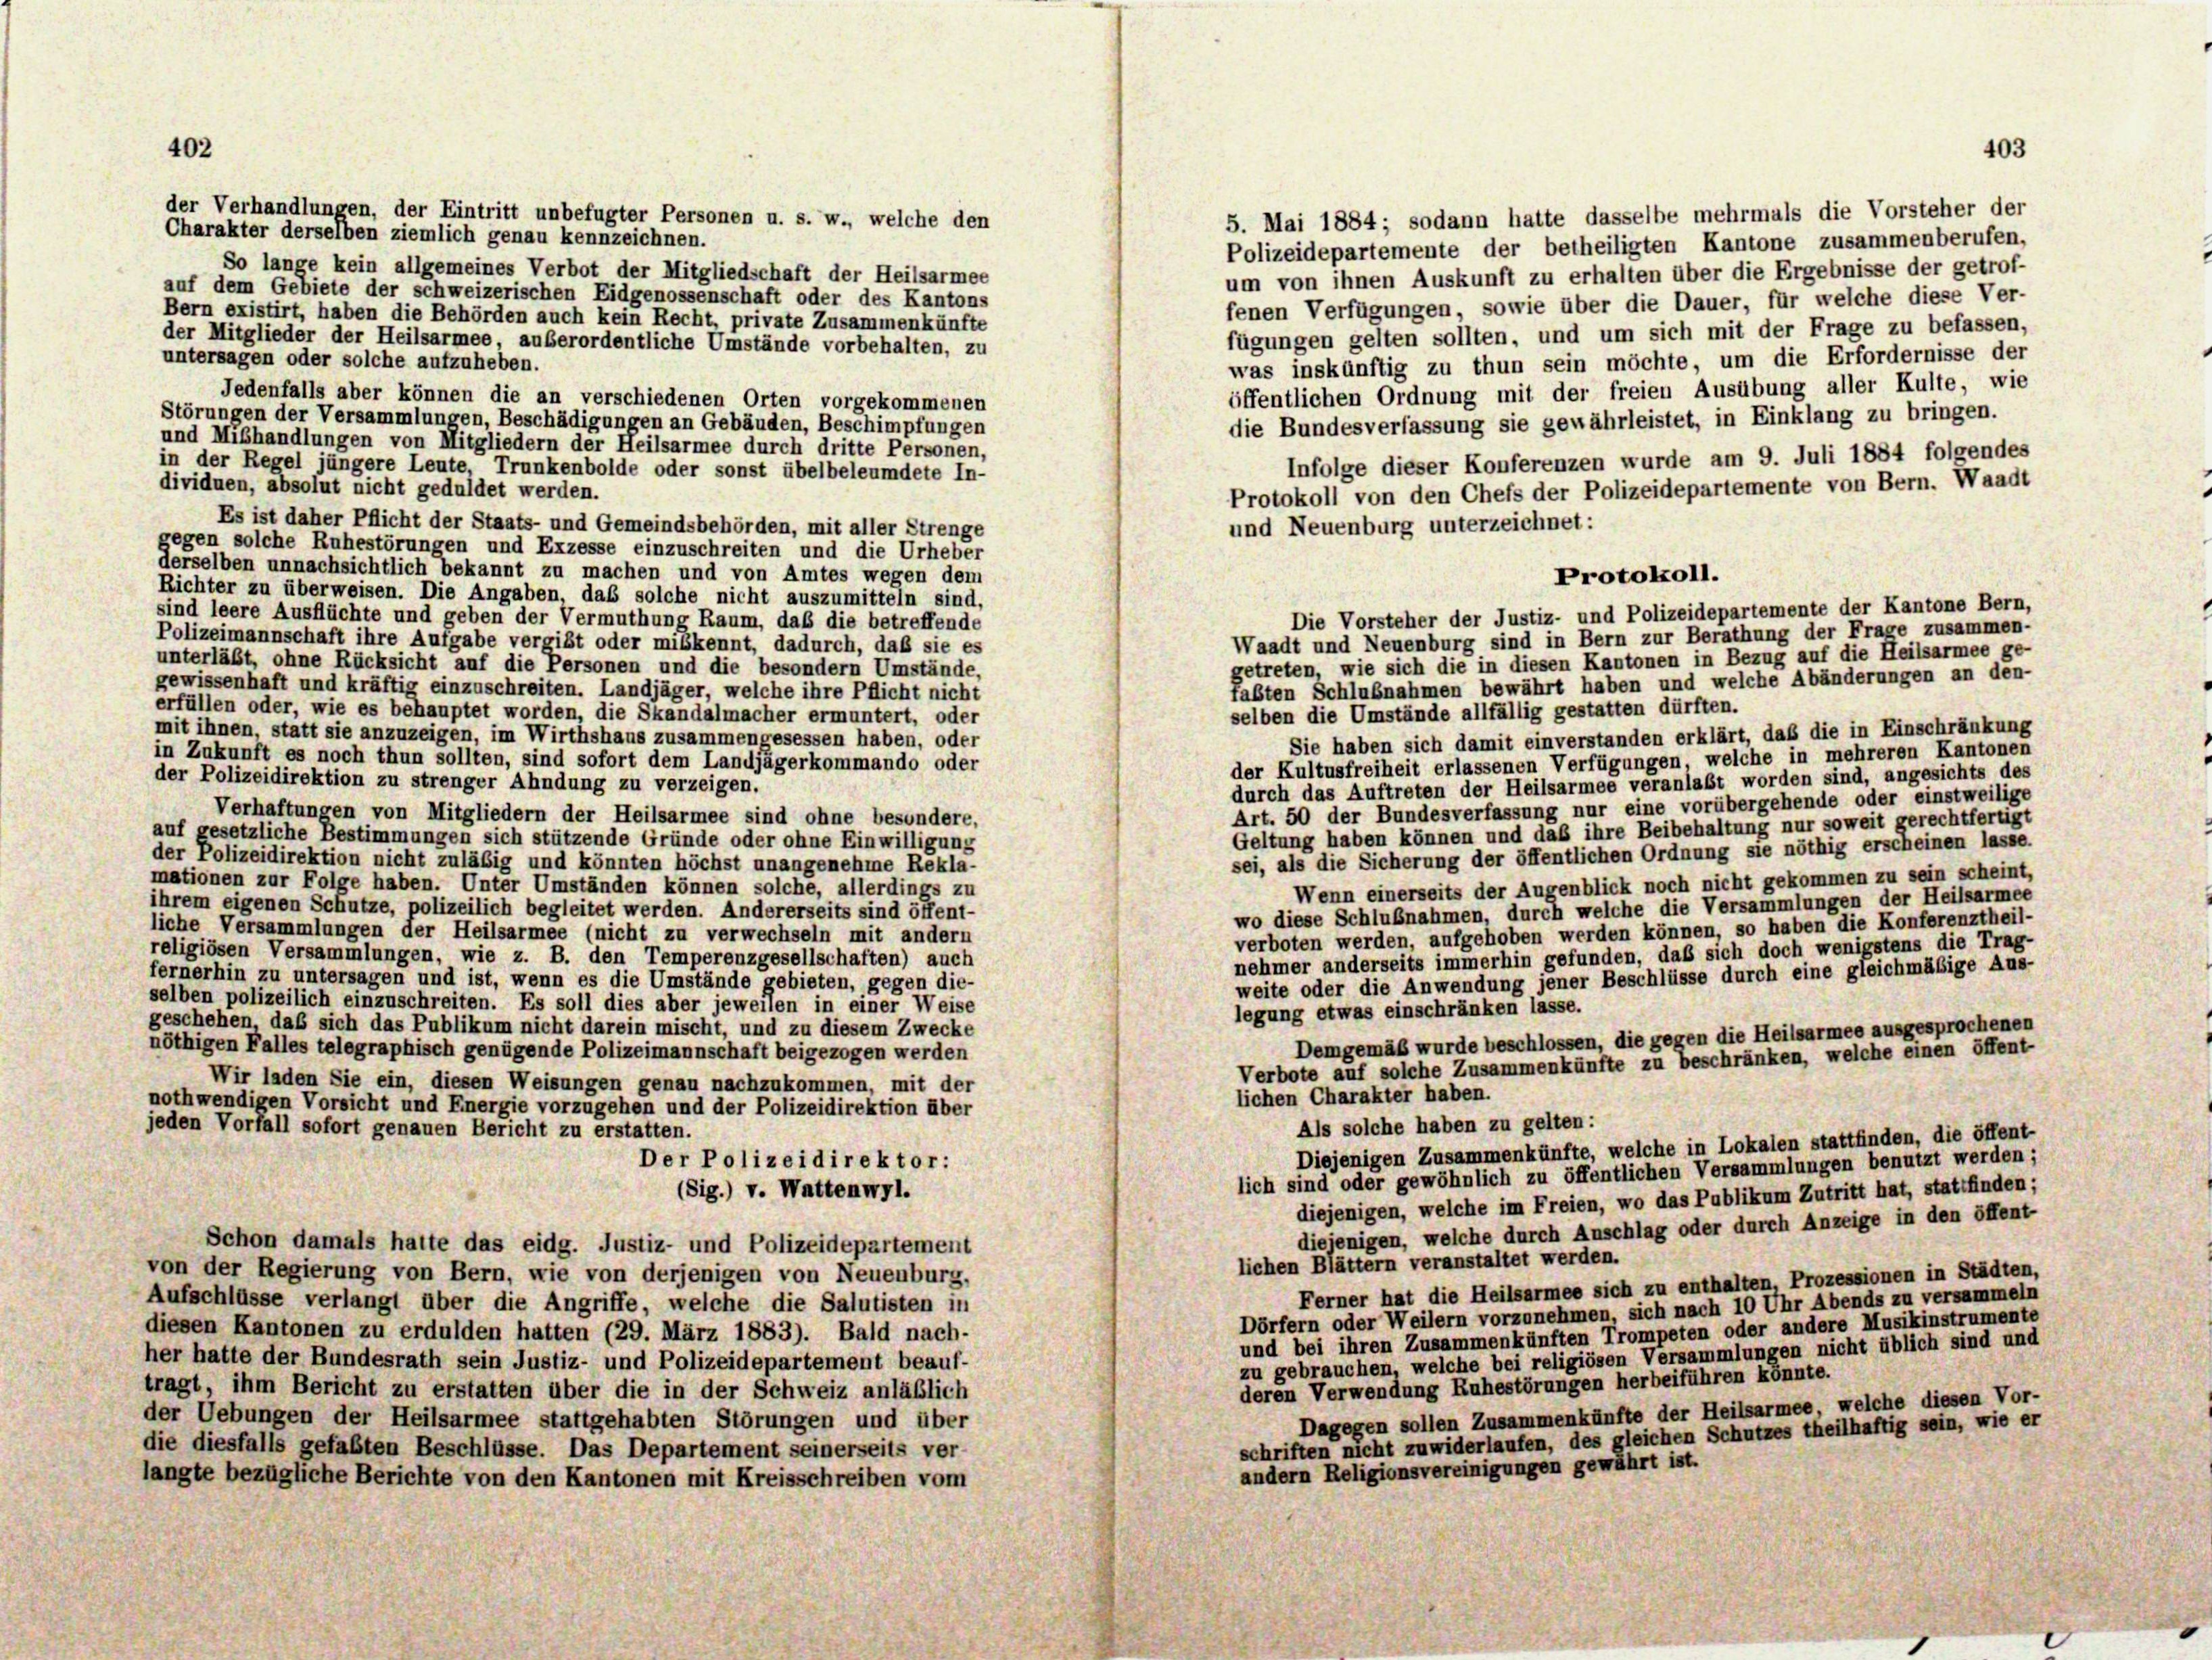
der Verhandlungen, der Eintritt unbefugter Personen u. s. w., welche den
5. Mai 1884 ; sodann hatte dasselbe mehrmals die Vorsteher der
Charakter derselben ziemlich genau kennzeichnen.
Polizeidepartemente der betheiligten Kantone zusammenberufen,
So lange kein allgemeines Verbot der Mitgliedschaft der Heilsarmee
um von ihnen Auskunft zu erhalten über die Ergebnisse der getrof-
auf dem Gebiete der schweizerischen Eidgenossenschaft oder des Kantons
fenen Verfügungen, sowie über die Dauer, für welche diese Ver-
Bern existirt, haben die Behörden auch kein Recht, private Zusammenkünfte
fügungen gelten sollten, und um sich mit der Frage zu befassen,
der Mitglieder der Heilsarmee, außerordentliche Umstände vorbehalten, zu
untersagen oder solche aufzuheben.
was inskünftig zu thun sein möchte, um die Erfordernisse der
öffentlichen Ordnung mit der freien Ausübung aller Kulte, wie
Jedenfalls aber können die an verschiedenen Orten vorgekommenen
Störungen der Versammlungen, Beschädigungen an Gebäuden, Beschimpfungen
die Bundesverfassung sie gewährleistet, in Einklang zu bringen.
und Mißhandlungen von Mitgliedern der Heilsarmee durch dritte Personen,
Infolge dieser Konferenzen wurde am 9. Juli 1884 folgendes
in der Regel jüngere Leute, Trunkenbolde oder sonst übelbeleumdete In-
dividuen, absolut nicht geduldet werden.
Protokoll von den Chefs der Polizeidepartemente von Bern. Waadt
Es ist daher Pflicht der Staats- und Gemeindsbehörden, mit aller Strenge
und Neuenburg unterzeichnet:
gegen solche Ruhestörungen und Exzesse einzuschreiten und die Urheber
derselben unnachsichtlich bekannt zu machen und von Amtes wegen dem
Richter zu überweisen. Die Angaben, daß solche nicht auszumitteln sind,
Die Vorsteher der Justiz- und Polizeidepartemente der Kantone Bern,
sind leere Ausflüchte und geben der Vermuthung Raum, daß die betreffende
Waadt und Neuenburg sind in Bern zur Berathung der Frage zusammen-
Polizeimannschaft ihre Aufgabe vergibt oder miskennt, dadurch, daß sie es
getreten, wie sich die in diesen Kantonen in Bezug auf die Heilsarmee ge-
unterläßt, ohne Rücksicht auf die Personen und die besondern Umstände,
tabten Schlußnahmen bewährt haben und welche Abänderungen an den-
gewissenhaft und kräftig einzuschreiten. Landjäger, welche ihre Pflicht nicht
erfüllen oder, wie es behauptet worden, die Skandalmacher ermuntert, oder
selben die Umstände allfällig gestatten dürften.
mit ihnen, statt sie anzuzeigen, im Wirthshaus zusammengesessen haben, oder
Sie haben sich damit einverstanden erklärt, daß die in Einschränkung
in Zukunft es noch thun sollten, sind sofort dem Landjägerkommando oder
der Kultusfreiheit erlassenen Verfügungen, welche in mehreren Kantonen
der Polizeidirektion zu strenger Ahndung zu verzeigen.
durch das Auftreten der Heilsarmee veranlaßt worden sind, angesichts des
Art. 50 der Bundesverfassung nur eine vorübergehende oder einstweilige
Verhaftungen von Mitgliedern der Heilsarmee sind ohne besondere,
Geltung haben können und daß ihre Beibehaltung nur soweit gerechtfertigt
auf gesetzliche Bestimmungen sich stützende Gründe oder ohne Einwilligung
sei, als die Sicherung der öffentlichen Ordnung sie nöthig erscheinen lasse.
der Polizeidirektion nicht zuläbig und könnten höchst unangenehme Rekla-
mationen zur Folge haben. Unter Umständen können solche, allerdings zu
Wenn einerseits der Augenblick noch nicht gekommen zu sein scheint,
ihrem eigenen Schutze, polizeilich begleitet werden. Andererseits sind öffent-
wo diese Schlußnahmen, durch welche die Versammlungen der Heilsarmee
liche Versammlungen der Heilsarmee (nicht zu verwechseln mit andern
verboten werden, aufgehoben werden können, so haben die Konferenztheil-
religiösen Versammlungen, wie z. B. den Temperenzgesellschaften) auch
nehmer anderseits immerhin gefunden, daß sich doch wenigstens die Trag-
weite oder die Anwendung jener Beschlüsse durch eine gleichmäßige Aus-
fernerhin zu untersagen und ist, wenn es die Umstände gebieten, gegen die-
selben polizeilich einzuschreiten. Es soll dies aber jeweilen in einer Weise
legung etwas einschränken lasse.
geschehen, daß sich das Publikum nicht darein mischt, und zu diesem Zwecke
Demgemäß wurde beschlossen, die gegen die Heilsarmee ausgesprochenen
nöthigen Falles telegraphisch genügende Polizeimannschaft beigezogen werden
Verbote auf solche Zusammenkünfte zu beschränken, welche einen öffent
Wir laden Sie ein, diesen Weisungen genau nachzukommen, mit der
lichen Charakter haben.
nothwendigen Vorsicht und Energie vorzugehen und der Polizeidirektion über
Als solche haben zu gelten:
jeden Vorfall sofort genauen Bericht zu erstatten.
Diejenigen Zusammenkünfte, welche in Lokalen stattfinden, die öffent-
Der Polizeidirektor:
lich sind oder gewöhnlich zu öffentlichen Versammlungen benutzt werden;
(Sig.) v. Wattenwyl.
diejenigen, welche im Freien, wo das Publikum Zutritt hat, stattfinden;
diejenigen, welche durch Anschlag oder durch Anzeige in den öffent-
Schon damals hatte das eidg. Justiz- und Polizeidepartement
lichen Blättern veranstaltet werden.
von der Regierung von Bern, wie von derjenigen von Neuenburg.
Ferner hat die Heilsarmee sich zu enthalten, Prozessionen in Städten,
Aufschlüsse verlangt über die Angriffe, welche die Salutisten in
Dörfern oder Weilern vorzunehmen, sich nach 10 Uhr Abends zu versammeln
diesen Kantonen zu erdulden hatten (29. März 1883). Bald nach-
und bei ihren Zusammenkünften Trompeten oder andere Musikinstrumente
zu gebrauchen, welche bei religiösen Versammlungen nicht üblich sind und
her hatte der Bundesrath sein Justiz- und Polizeidepartement beauf-
deren Verwendung Ruhestörungen herbeiführen könnte.
tragt, ihm Bericht zu erstatten über die in der Schweiz anläßlich
Dagegen sollen Zusammenkünfte der Heilsarmee, welche diesen Vor-
der Uebungen der Heilsarmee stattgehabten Störungen und über
schriften nicht zuwiderlaufen, des gleichen Schutzes theilhaftig sein, wie er
die diesfalls gefaßten Beschlüsse. Das Departement seinerseits ver-
andern Religionsvereinigungen gewährt ist.
langte bezügliche Berichte von den Kantonen mit Kreisschreiben vom

Protokoll.

403